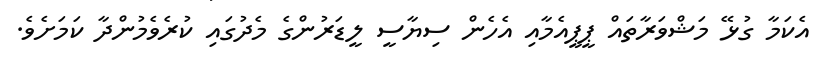
އެކަމާ ގުޅޭ މަޝްވަރާތައް ޕީޕީއެމާއި އެހެން ސިޔާސީ ލީޑަރުންގެ މެދުގައި ކުރެވެމުންދާ ކަމަށެވެ.